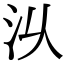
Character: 𣲄